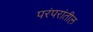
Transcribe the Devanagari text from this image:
परंपरांतील